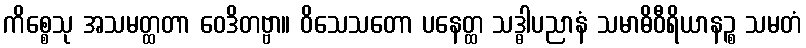
ကိစ္စေသု အသမတ္ထတာ ဝေဒိတဗ္ဗာ။ ဝိသေသတော ပနေတ္ထ သဒ္ဓါပညာနံ သမာဓိဝီရိယာနဉ္စ သမတံ